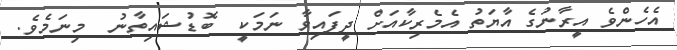
އެހެންވެ އީރާނުގެ އާޔަތު އެމެރިކާއަށް ދީފައިވާ ނަމަކީ  ބޮޑުޝައިތާނު  މިނަމެވެ.